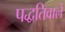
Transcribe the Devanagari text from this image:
पद्धतिवाले